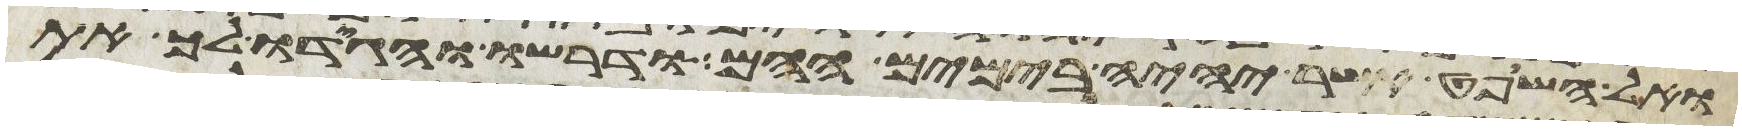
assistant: ואל השופט אשר יהיה בימים ההם ודרשו והגידו לך את